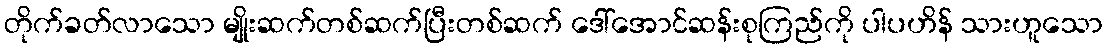
တိုက်ခတ်လာသော မျိုးဆက်တစ်ဆက်ပြီးတစ်ဆက် ဒေါ်အောင်ဆန်းစုကြည်ကို ပါပဟိန် သားဟူသော